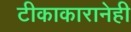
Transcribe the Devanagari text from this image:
टीकाकारानेही